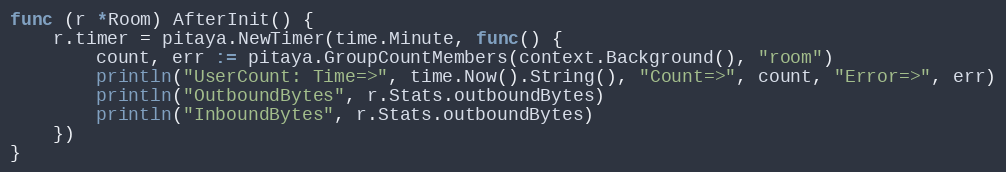
Language: Go
func (r *Room) AfterInit() {
	r.timer = pitaya.NewTimer(time.Minute, func() {
		count, err := pitaya.GroupCountMembers(context.Background(), "room")
		println("UserCount: Time=>", time.Now().String(), "Count=>", count, "Error=>", err)
		println("OutboundBytes", r.Stats.outboundBytes)
		println("InboundBytes", r.Stats.outboundBytes)
	})
}